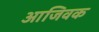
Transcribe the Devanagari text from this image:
आजिवक